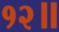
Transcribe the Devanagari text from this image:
१२॥